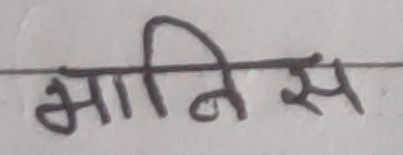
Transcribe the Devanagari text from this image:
भानिस